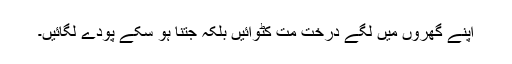
اپنے گھروں میں لگے درخت مت کٹوائیں بلکہ جتنا ہو سکے پودے لگائیں۔